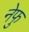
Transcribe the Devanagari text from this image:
नेफु